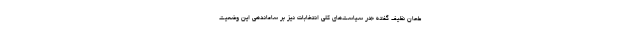
طحان نظیف گفته «در سیاست‌های کلی انتخابات نیز بر ساماندهی این وضعیت